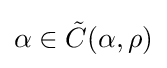
\alpha \in {\tilde {C}}(\alpha ,\rho )